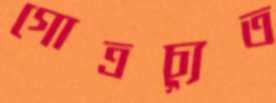
গোত্রচ্যুত